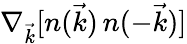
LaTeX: {\nabla_{\vec{k}}[n(\vec{k})\, n(-\vec{k})]}